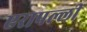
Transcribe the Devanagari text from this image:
एरापल्ली